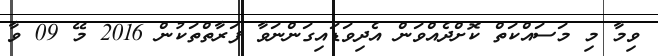
ވިމާ މި މަސައްކަތް ކޮށްދެއްވަން އެދިވަޑައިގަންނަވާ ފަރާތްތަކުން 2016 މޭ 09 ވާ